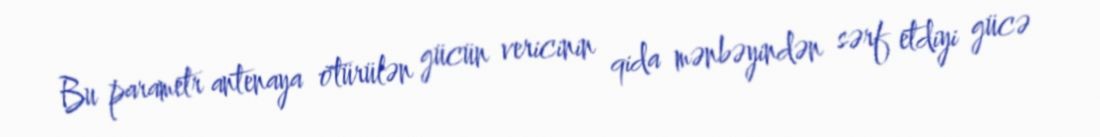
Bu parametr antenaya ötürülən gücün vericinin qida mənbəyindən sərf etdiyi gücə